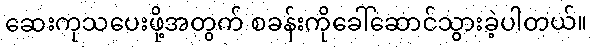
ဆေးကုသပေးဖို့အတွက် စခန်းကိုခေါ်ဆောင်သွားခဲ့ပါတယ်။